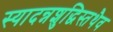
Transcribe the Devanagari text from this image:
स्यादन्नशुद्धिस्तथैव